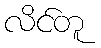
လိင်တူ